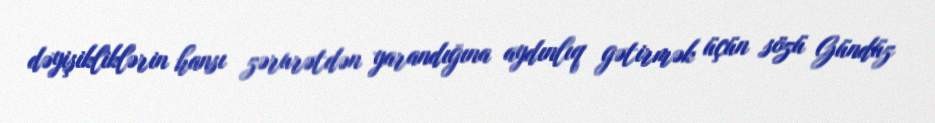
dəyişikliklərin hansı zərurətdən yarandığına aydınlıq gətirmək üçün sözü Gündüz